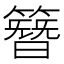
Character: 簪